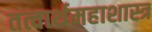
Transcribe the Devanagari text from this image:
तत्वार्थमहाशास्त्र